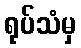
ရုပ်သံမှ